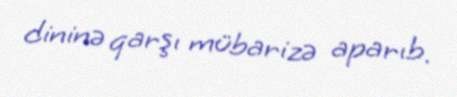
dininə qarşı mübarizə aparıb.